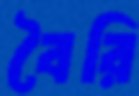
বৈরি